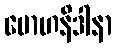
မောဟနိဒါနာ